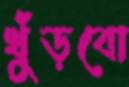
খুঁড়বো